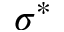
\sigma ^ { * }